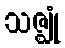
သဇ္ဈုံ